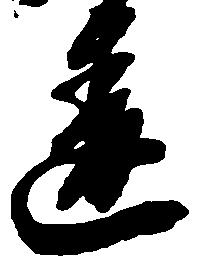
違